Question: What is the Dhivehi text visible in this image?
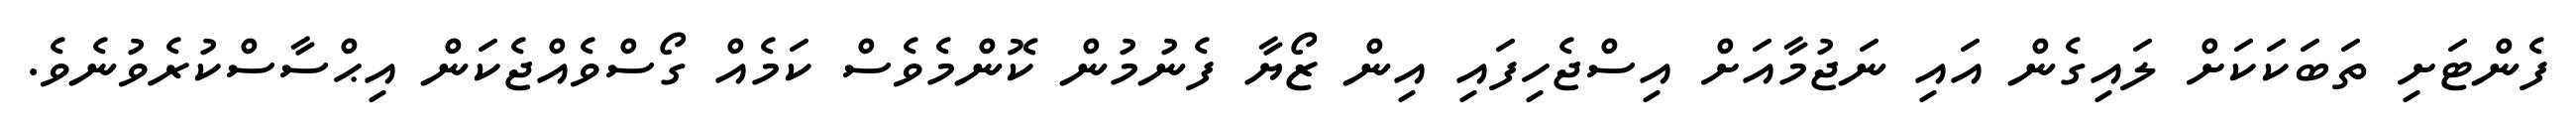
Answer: ފެންޓަށި ތަބަކަކަށް ލައިގެން އައި ނަޖުމާއަށް އިސްޖެހިފައި އިން ޒޯޔާ ފެނުމުން ކޮންމެވެސް ކަމެއް ގޯސްވެއްޖެކަން އިޙްސާސްކުރެވުނެވެ.